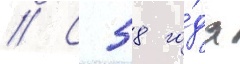
// С 58 го́да